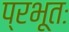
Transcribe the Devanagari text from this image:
प्रभूतः